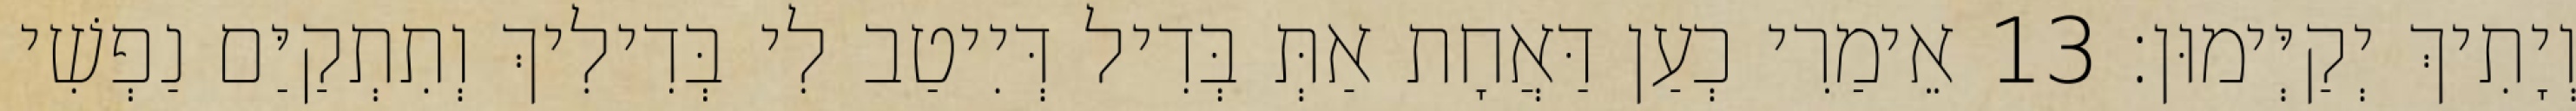
וְיָתִיךְ יְקַיְּימוּן׃ 13 אֵימַרִי כְעַן דַּאֲחָת אַתְּ בְּדִיל דְּיִיטַב לִי בְּדִילִיךְ וְתִתְקַיַּם נַפְשִׁי